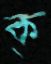
ক্